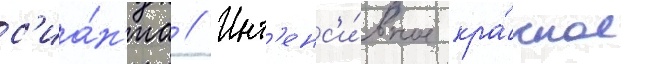
с'иа́н'иа // Инт'енс'и́вное кра́сное